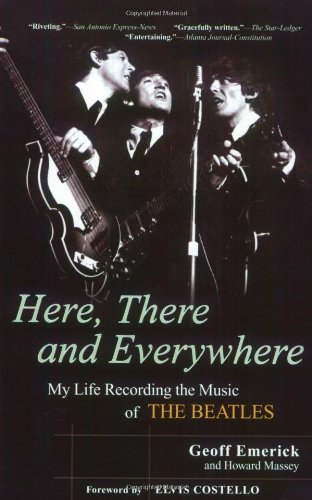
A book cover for Here, There and Everywhere: My Life Recording the Music of the Beatles; Geoff Emerick; Humor & Entertainment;